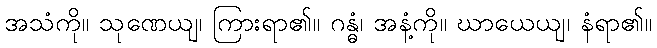
အသံကို။ သုဏေယျ၊ ကြားရာ၏။ ဂန္ဓံ၊ အနံ့ကို။ ဃာယေယျ၊ နံရာ၏။